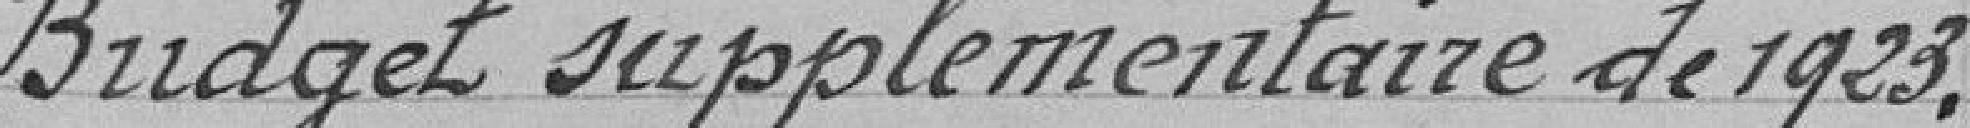
Budget supplémentaire de 1923.